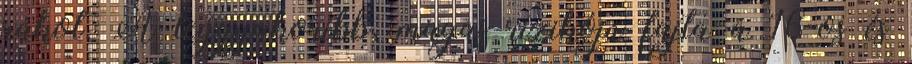
rákot. A leggyakoribb, magas rizikójú fajta a 16-os és